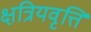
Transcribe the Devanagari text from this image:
क्षत्रियवृत्ति